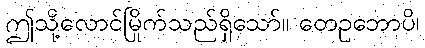
ဤသို့လောင်မြိုက်သည်ရှိသော်။ တေဥဘောပိ၊